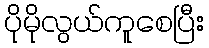
ပိုမိုလွယ်ကူစေပြီး